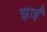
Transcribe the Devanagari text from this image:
झाईं